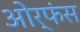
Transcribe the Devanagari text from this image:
ओर्फंस